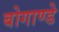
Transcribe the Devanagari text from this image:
बोगाण्डे